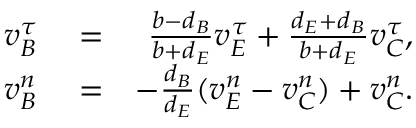
\begin{array} { r l r } { v _ { B } ^ { \tau } } & { { } = } & { \frac { b - d _ { B } } { b + d _ { E } } v _ { E } ^ { \tau } + \frac { d _ { E } + d _ { B } } { b + d _ { E } } v _ { C } ^ { \tau } , } \\ { v _ { B } ^ { n } } & { { } = } & { - \frac { d _ { B } } { d _ { E } } ( v _ { E } ^ { n } - v _ { C } ^ { n } ) + v _ { C } ^ { n } . } \end{array}